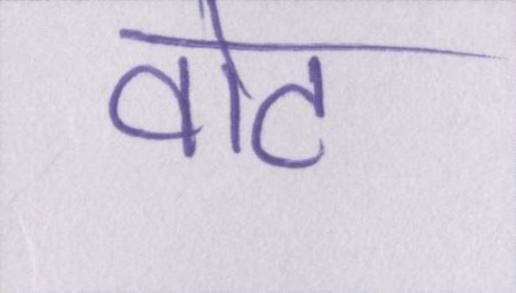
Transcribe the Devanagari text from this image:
वोट